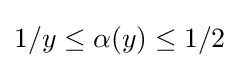
1/y\leq \alpha (y)\leq 1/2